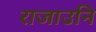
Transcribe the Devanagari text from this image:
राजाउनि